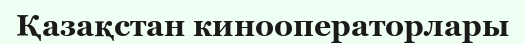
Қазақстан кинооператорлары